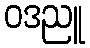
ဝဒညူ